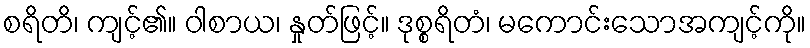
စရိတိ၊ ကျင့်၏။ ဝါစာယ၊ နှုတ်ဖြင့်။ ဒုစ္စရိတံ၊ မကောင်းသောအကျင့်ကို။